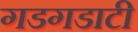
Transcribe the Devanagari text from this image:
गडगडाटी